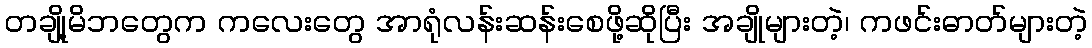
တချို့မိဘတွေက ကလေးတွေ အာရုံလန်းဆန်းစေဖို့ဆိုပြီး အချိုများတဲ့၊ ကဖင်းဓာတ်များတဲ့